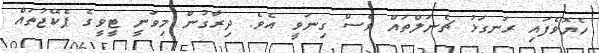
ހެޔޮވެފައި ރަނގަޅު ޗެނަލްތައް ވެސް ގިނަވީ އެވެ. ދިރާގުން މިވަނީ ޓީވީގެ ޕެކޭޖުތައް